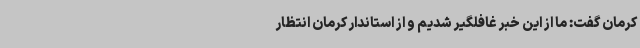
کرمان گفت: ما از این خبر غافلگیر شدیم و از استاندار کرمان انتظار